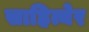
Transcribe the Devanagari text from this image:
साहित्येर